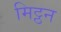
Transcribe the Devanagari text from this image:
मिट्ठन